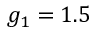
g _ { 1 } = 1 . 5